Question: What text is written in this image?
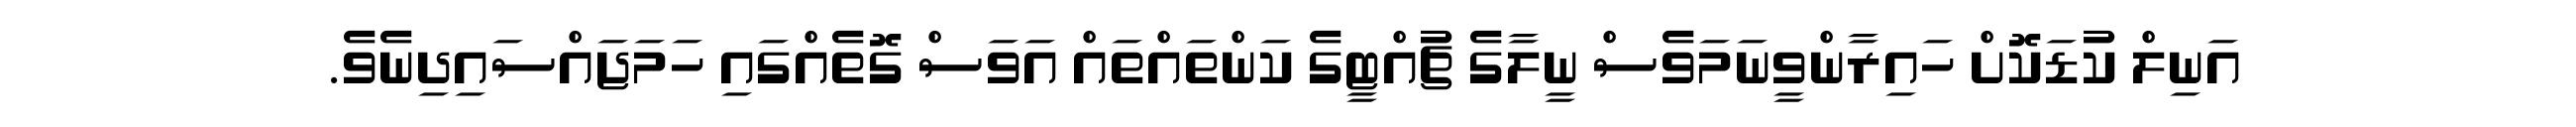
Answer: އަނިލް ކުޑަކޮށް ހައިރާންވީނަމަވެސް ނީލާގެ ޗުއްޓީގެ ކަންތައްތައް އަވަސް ގޮތެއްގައި ހަމަޖައްސައިދިނެވެ.